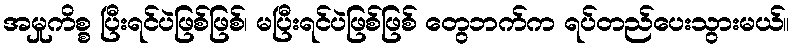
အမှုကိစ္စ ပြီးရင်ပဲဖြစ်ဖြစ်၊ မပြီးရင်ပဲဖြစ်ဖြစ် တွေဘက်က ရပ်တည်ပေးသွားမယ်။